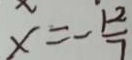
x = - \frac { 1 2 } { 7 }